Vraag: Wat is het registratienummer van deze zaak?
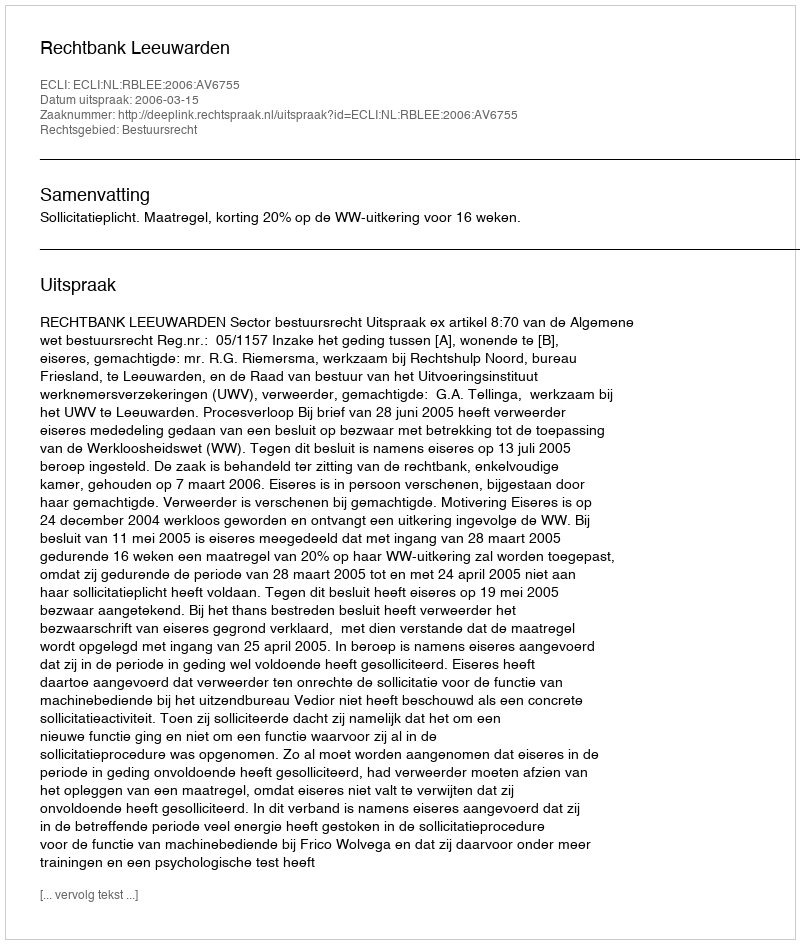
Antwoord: http://deeplink.rechtspraak.nl/uitspraak?id=ECLI:NL:RBLEE:2006:AV6755